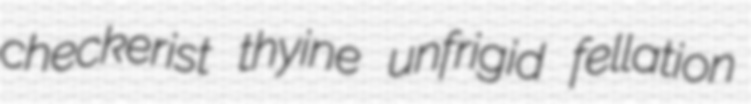
checkerist thyine unfrigid fellation